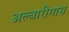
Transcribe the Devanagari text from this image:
अल्बारीगास